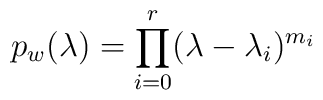
p_w(\lambda )=\prod\limits_{i=0}^r(\lambda -\lambda _i)^{m_i}